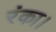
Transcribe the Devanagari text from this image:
रंका।